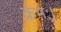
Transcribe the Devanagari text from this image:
क्रमः।